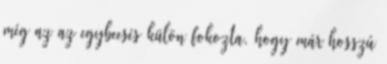
még az az egybeesés külön fokozta, hogy már hosszú